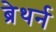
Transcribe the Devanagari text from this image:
ब्रेथर्न